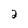
Character: 2